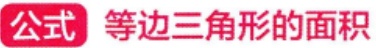
公式 等边三角形的面积